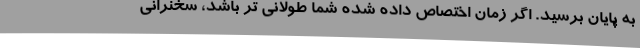
به پایان برسید. اگر زمان اختصاص داده شده شما طولانی تر باشد، سخنرانی